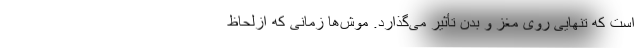
است که تنهایی روی مغز و بدن تأثیر می‌گذارد. موش‌ها زمانی که ازلحاظ